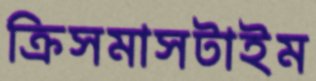
ক্রিসমাসটাইম